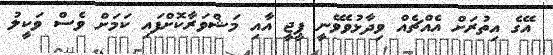
އޭގެ އިތުރަށް އެއްޗެއް ވިދާޅުވެވޭނީ ޕީޖީ އާއި މަޝްވަރާކޮށްފައި ކަމަށް ވެސް ވަކީލު